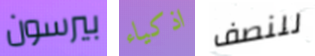
بيرسون اذكياء للنصف